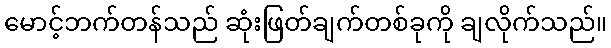
မောင့်ဘက်တန်သည် ဆုံးဖြတ်ချက်တစ်ခုကို ချလိုက်သည်။